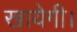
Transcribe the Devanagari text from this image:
खायेगी।